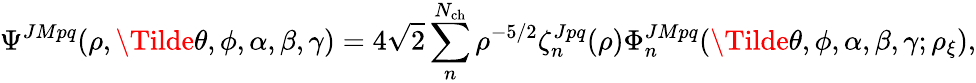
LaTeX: \Psi^{JMpq}(\rho,\Tilde{\theta},\phi,\alpha,\beta,\gamma)=4\sqrt{2}\sum_{n}^{N_{\mathrm{ch}}}\rho^{-5/2}\zeta_{n}^{Jpq}(\rho)\Phi_{n}^{JMpq}(\Tilde{\theta},\phi,\alpha,\beta,\gamma;\rho_{\xi}),